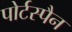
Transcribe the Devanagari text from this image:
पोर्टस्पैन